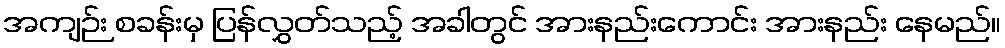
အကျဉ်း စခန်းမှ ပြန်လွှတ်သည့် အခါတွင် အားနည်းကောင်း အားနည်း နေမည်။